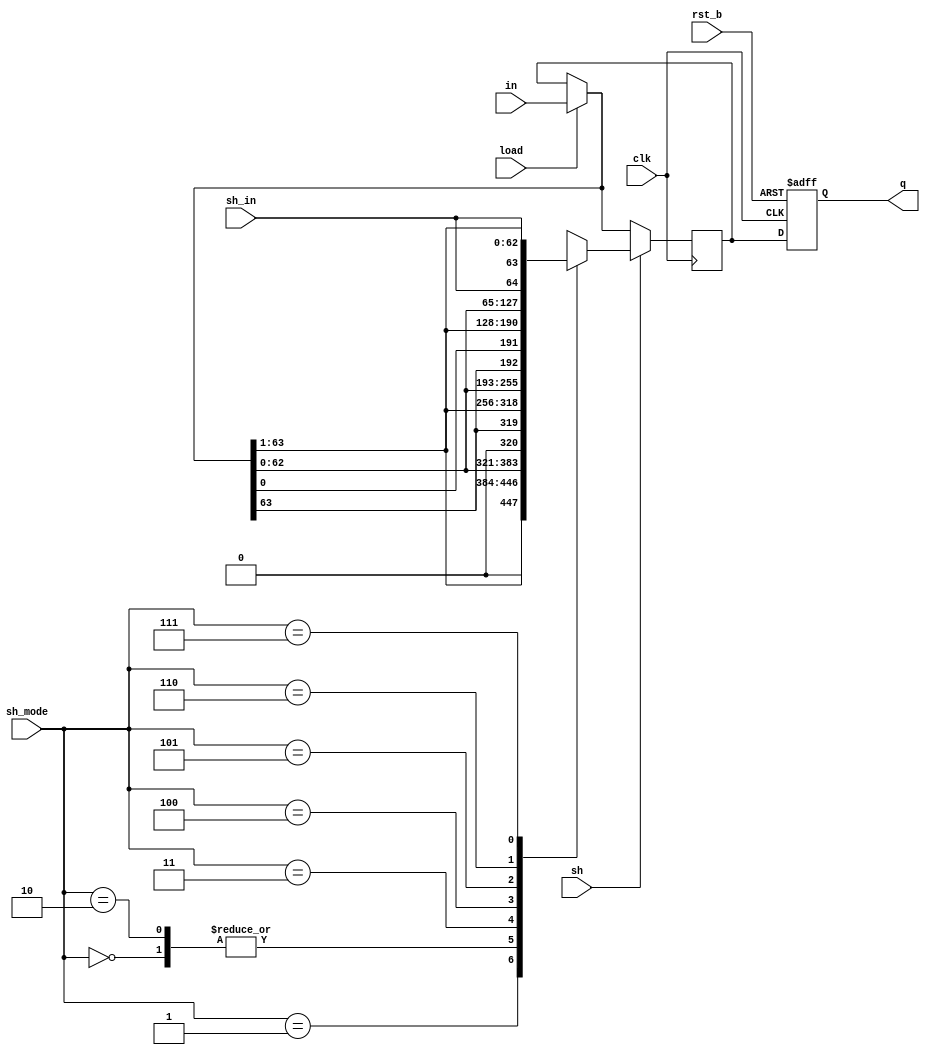
module sh_reg #(parameter w = 64, parameter d = 1)(
  input clk,
  input rst_b,
  input load,
  input sh,
  input [2:0]sh_mode,
  input [d-1:0]sh_in,
  input [w-1:0]in,
  output reg [w-1:0]q
);

  reg [w-1:0]qq;

  initial begin
    qq = 0;
  end
  
  always @(posedge clk) begin
    if(load)
      qq = in;
    if(sh)
      case(sh_mode)
        3'b000: qq = {qq[w-1-d:0], {d{1'b0}}}; // logic left shift
        3'b001: qq = {{d{1'b0}}, qq[w-1:d]}; // logic right shift
        3'b010: qq = {qq[w-1-d:0], {d{1'b0}}}; // arithmetic left shift
        3'b011: qq = {{d{qq[w-1]}}, qq[w-1:d]}; // arithmetic right shift
        3'b100: qq = {qq[w-1-d:0], qq[w-1:w-d]}; // left rotate
        3'b101: qq = {qq[d-1:0], qq[w-1:d]}; // right rotate
        3'b110: qq = {qq[w-1-d:0], sh_in}; // left shift sh_in
        3'b111: qq = {sh_in, qq[w-1:d]}; // right shift sh_in
      endcase
  end
  
  always @(posedge clk or negedge rst_b) begin
    if(!rst_b)
      q <= {w{1'b0}};
    else
      q <= qq;
  end

endmodule